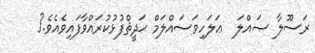
ރަސޫލާ ޞައްލަ  ޢަލަހިވަސައްލަމް ޙަދީޘްފުޅުކުރައްވާފައިވެއެވެ.{